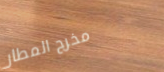
مخرج المطار